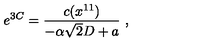
e ^ { 3 C } = { \frac { c ( x ^ { 1 1 } ) } { - \alpha \sqrt { 2 } D + a } } \ ,